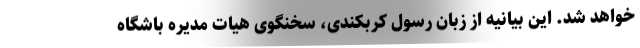
خواهد شد. این بیانیه از زبان رسول کربکندی، سخنگوی هیات مدیره باشگاه